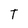
Character: T